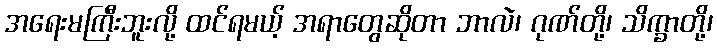
အရေးမကြီးဘူးလို့ ထင်ရမယ့် အရာတွေဆိုတာ ဘာလဲ၊ ဂုဏ်တို့၊ သိက္ခာတို့၊